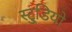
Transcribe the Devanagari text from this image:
स्टु्डियो